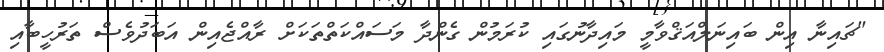
"ޗައިނާ އިން ބައިނަލްއަޤްވާމީ މައިދާނުގައި ކުރަމުން ގެންދާ މަސައްކަތްތަކަށް ރާއްޖެއިން އަބަދުވެސް ތަރުހީބާއި